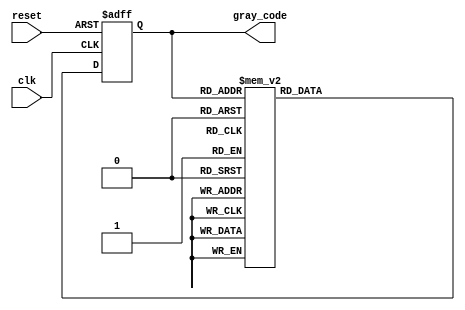
module gray_code_ring_counter
(
    input wire clk, // input clock signal
    input wire reset, // input reset signal
    output reg [3:0] gray_code // output Gray code value (4-bit)
);

reg [3:0] next_gray_code; // next Gray code value
reg [3:0] current_gray_code; // current Gray code value

// Gray code sequence: 0000, 0001, 0011, 0010, 0110, 0111, 0101, 0100, 1100, 1101, 1111, 1110, 1010, 1011, 1001, 1000

always @(posedge clk or posedge reset)
begin
    if (reset)
        current_gray_code <= 4'b0000; // initialize Gray code value to 0000
    else
        current_gray_code <= next_gray_code; // update current Gray code value
end

always @*
begin
    case (current_gray_code)
        4'b0000: next_gray_code = 4'b0001;
        4'b0001: next_gray_code = 4'b0011;
        4'b0011: next_gray_code = 4'b0010;
        4'b0010: next_gray_code = 4'b0110;
        4'b0110: next_gray_code = 4'b0111;
        4'b0111: next_gray_code = 4'b0101;
        4'b0101: next_gray_code = 4'b0100;
        4'b0100: next_gray_code = 4'b1100;
        4'b1100: next_gray_code = 4'b1101;
        4'b1101: next_gray_code = 4'b1111;
        4'b1111: next_gray_code = 4'b1110;
        4'b1110: next_gray_code = 4'b1010;
        4'b1010: next_gray_code = 4'b1011;
        4'b1011: next_gray_code = 4'b1001;
        4'b1001: next_gray_code = 4'b1000;
        4'b1000: next_gray_code = 4'b0000;
        default: next_gray_code = 4'b0000;
    endcase
end

// assign the output
assign gray_code = current_gray_code;

endmodule